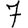
Digit: 7